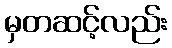
မှတဆင့်လည်း